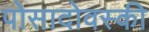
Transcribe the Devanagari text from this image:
पोसादोवस्की